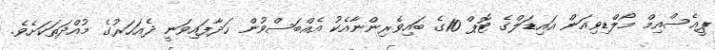
ޕީއެސްއިމް މޯލްޑިވިއަން އައިޑަލްގެ ޓޮޮޕް 10ގެ ބައިވެރިންނާއެކު އެއްބަސްވުން ހަދާފައިވަނީ ދެއަހަރުގެ މުއްދަތަކަށެވެ.